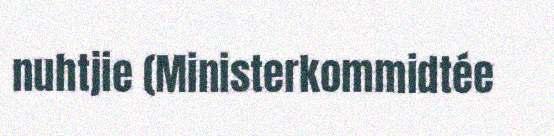
nuhtjie (Ministerkommidtée